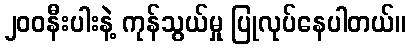
၂၀၀နီးပါးနဲ့ ကုန်သွယ်မှု ပြုလုပ်နေပါတယ်။